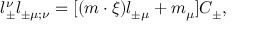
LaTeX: l _ { \pm } ^ { \nu } l _ { \pm \mu ; \nu } = [ ( m \cdot \xi ) l _ { \pm \mu } + m _ { \mu } ] C _ { \pm } ,